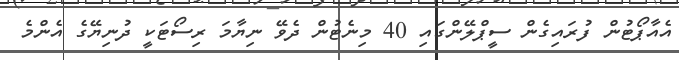
އެއާޕޯޓުން ފުރައިގެން ސީޕްލޭންގައި 40 މިނެޓުން ދެވޭ ނިޔާމަ ރިސޯޓަކީ ދުނިޔޭގެ އެންމެ